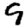
Digit: 9